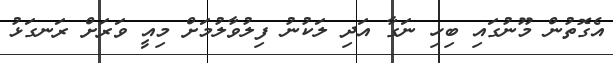
އެގޮތުން މޫނުގައި ބިހި ނަގާ އަދި ލަކުނު ފިލުވާލުމަށް މިއީ ވަރަށް ރަނގަޅު